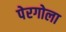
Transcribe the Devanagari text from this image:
पेरगोला